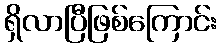
ရှိလာပြီဖြစ်ကြောင်း